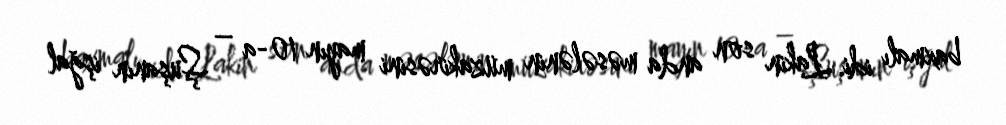
baxmalı idi. Lakin son anda məsələnin müzakirəsini mayın 10-a – Şuşanın işğal